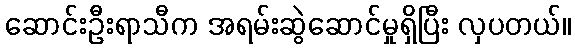
ဆောင်းဦးရာသီက အရမ်းဆွဲဆောင်မှုရှိပြီး လှပတယ်။